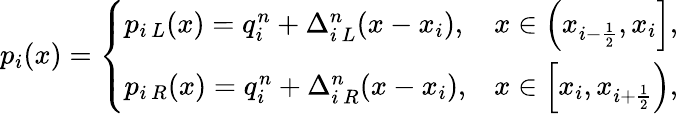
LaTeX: p_{i}(x)=\left\lbrace\begin{array}{lr}{p_{i\, L}(x)=q_{i}^{n}+\Delta_{i\, L}^{n}(x-x_{i}),}&{x\in\left(x_{i-\frac{1}{2}},x_{i}\right],}\\ {p_{i\, R}(x)=q_{i}^{n}+\Delta_{i\, R}^{n}(x-x_{i}),}&{x\in\left[x_{i},x_{i+\frac{1}{2}}\right),}\end{array}\right.